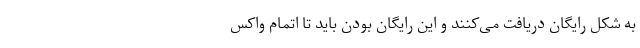
به شکل رایگان دریافت می‌کنند و این رایگان بودن باید تا اتمام واکس